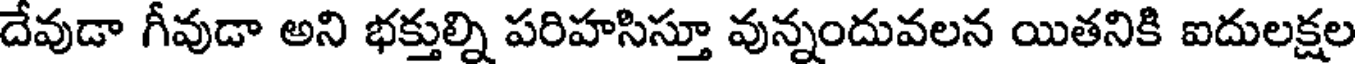
దేవుడా గీవుడా అని భక్తుల్ని పరిహసిస్తూ వున్నందువలన యితనికి ఐదులక్షల